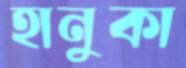
হানুকা